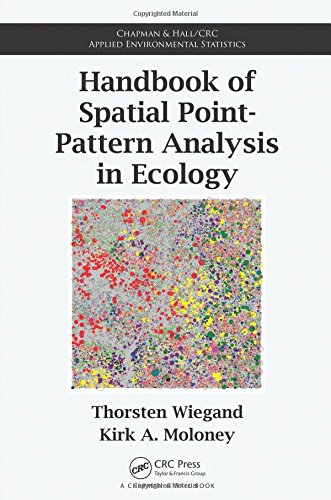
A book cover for Handbook of Spatial Point-Pattern Analysis in Ecology (Chapman & Hall/CRC Applied Environmental Statistics); Thorsten Wiegand; Science & Math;